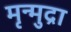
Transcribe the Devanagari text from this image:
मृन्मुद्रा